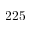
2 2 5